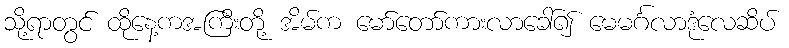
သို့ရာတွင် ထိုနေ့ကအကြီးတို့ အိမ်က မော်တော်ကားလာခေါ်၍ မေမင်္ဂလာဒုံလေဆိပ်